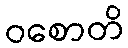
ဝစောတိ